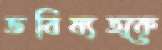
ভবিষ্যত্কে